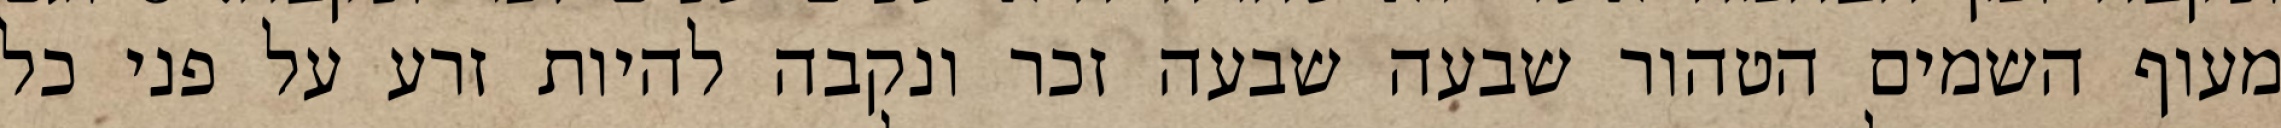
מעוף השמים הטהור שבעה שבעה זכר ונקבה להיות זרע על פני כל